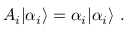
A _ { i } | { \alpha _ { i } } \rangle = \alpha _ { i } | { \alpha _ { i } } \rangle \ .